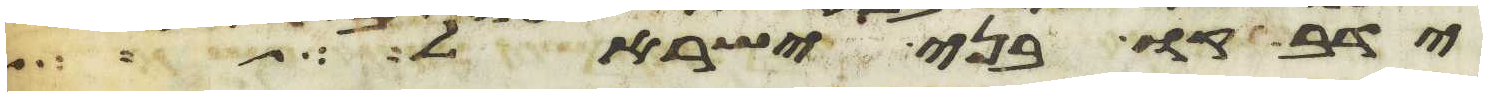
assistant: ידבקו בני ישראל